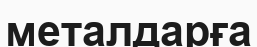
металдарға